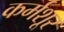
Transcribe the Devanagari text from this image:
कर्मशूर